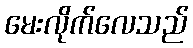
မေးလိုက်လေသည်